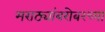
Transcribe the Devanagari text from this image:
मराठ्यांबरोबरच्या